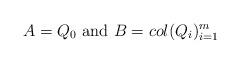
LaTeX: \begin{align*}A=Q_0\mbox{ and }B = col(Q_i)_{i=1}^{m} \end{align*}